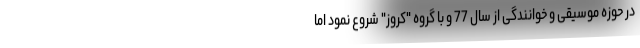
در حوزه موسیقی و خوانندگی از سال 77 و با گروه "کروز" شروع نمود اما